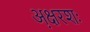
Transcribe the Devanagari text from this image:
अ़क्षरशः